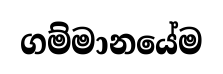
ගම්මානයේම